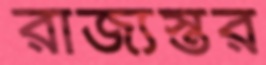
রাজ্যস্তর